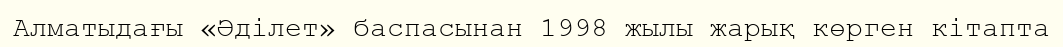
Алматыдағы «Әділет» баспасынан 1998 жылы жарық көрген кітапта